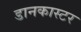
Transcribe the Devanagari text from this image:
डानकास्टर